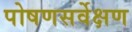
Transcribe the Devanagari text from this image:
पोषणसर्वेक्षण